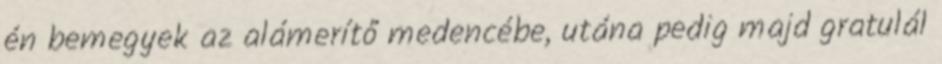
én bemegyek az alámerítő medencébe, utána pedig majd gratulál